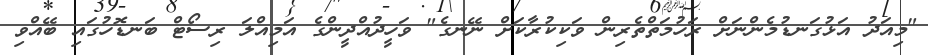
"މިއަދު އަޅުގަނޑުމެންނަށް ރަހުމަތްތެރިން ވަކިކުރާކަށް ނޭނގެ" ވަހީދުއްދީންގެ އަމިއްލަ ރިސޯޓް ބަނޑޮހުގައި ބޭއްވި